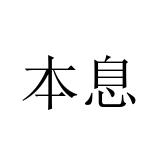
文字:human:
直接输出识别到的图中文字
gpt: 本息